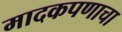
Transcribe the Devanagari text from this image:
मादकपणाचा